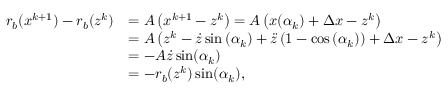
\begin{array} { r l } { r _ { b } ( x ^ { k + 1 } ) - r _ { b } ( z ^ { k } ) } & { = A \left( x ^ { k + 1 } - z ^ { k } \right) = A \left( x ( \alpha _ { k } ) + \Delta x - z ^ { k } \right) } \\ & { = A \left( z ^ { k } - \dot { z } \sin \left( \alpha _ { k } \right) + \ddot { z } \left( 1 - \cos \left( \alpha _ { k } \right) \right) + \Delta x - z ^ { k } \right) } \\ & { = - A \dot { z } \sin ( \alpha _ { k } ) } \\ & { = - r _ { b } ( z ^ { k } ) \sin ( \alpha _ { k } ) , } \end{array}